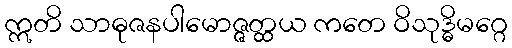
ဣတိ သာဓုဇနပါမောဇ္ဇတ္ထယ ကတေ ဝိသုဒ္ဓိမဂ္ဂေ